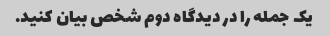
یک جمله را در دیدگاه دوم شخص بیان کنید.